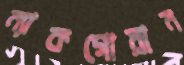
ম্যাকগোয়ান